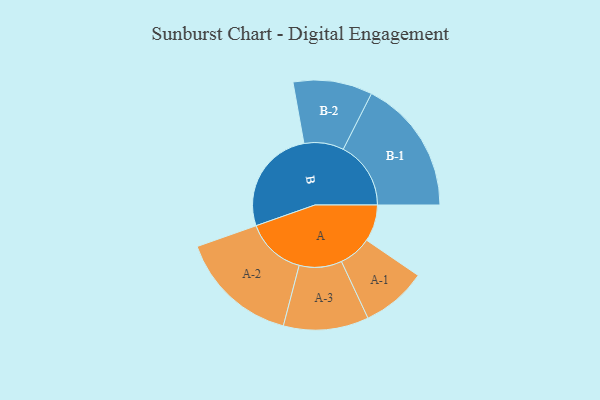
{"axis": {"x": "Segment", "y": "Value"}, "legend": ["", "A", "B"], "data": [{"x": "A", "y": 138, "type": ""}, {"x": "B", "y": 399, "type": ""}, {"x": "A-1", "y": 123, "type": "A"}, {"x": "A-2", "y": 225, "type": "A"}, {"x": "A-3", "y": 160, "type": "A"}, {"x": "B-1", "y": 254, "type": "B"}, {"x": "B-2", "y": 149, "type": "B"}]}